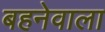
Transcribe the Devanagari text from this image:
बहनेवाला